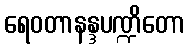
ရေဝတာနန္ဒပဏ္ဍိတော